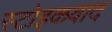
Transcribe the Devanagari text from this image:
स्टोइकवाद